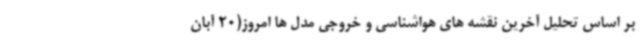
بر اساس تحلیل آخرین نقشه های هواشناسی و خروجی مدل ها امروز(20 آبان